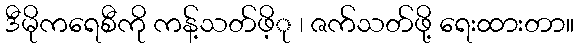
ဒီမိုကရေစီကို ကန့်သတ်ဖိ့ု ၊ ဇက်သတ်ဖို့ ရေးထားတာ။